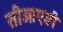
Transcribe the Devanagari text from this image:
सीओएडी